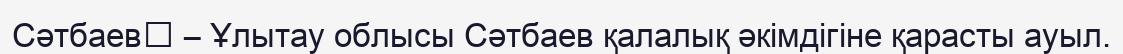
Сәтбаев‎ – Ұлытау облысы Сәтбаев қалалық әкімдігіне қарасты ауыл.